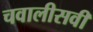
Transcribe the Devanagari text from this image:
चवालीसवीं